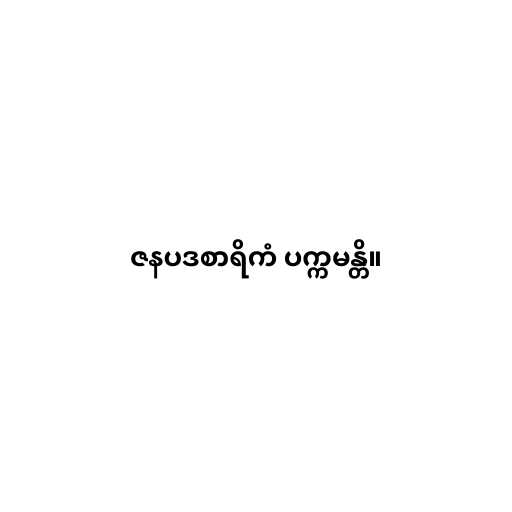
ဇနပဒစာရိကံ ပက္ကမန္တိ။